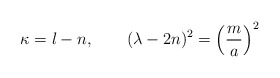
\begin{align*}\kappa = l-n, \qquad(\lambda-2n)^2 = \left( {m \over a} \right)^2 \end{align*}